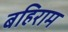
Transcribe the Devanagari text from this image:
बहिराम